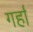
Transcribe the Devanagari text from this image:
गर्हा